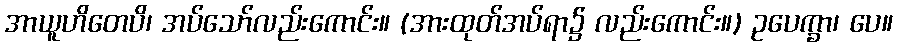
အာယူဟိတေပိ၊ အပ်သော်လည်းကောင်း။ (အားထုတ်အပ်ရာ၌ လည်းကောင်း။) ဥပေက္ခာ၊ ပေ။